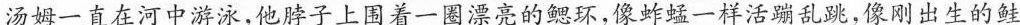
汤姆一直在河中游泳，他脖子上围着一圈漂亮的鳃环，像蚱蜢一样活蹦乱跳，像刚出生的鲑